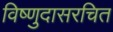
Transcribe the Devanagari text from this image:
विष्णुदासरचित